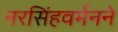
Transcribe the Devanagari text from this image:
नरसिंहवर्मनने